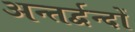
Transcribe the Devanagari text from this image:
अन्तर्द्वन्दों